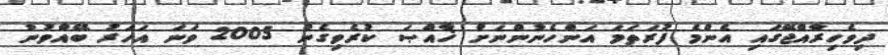
ދިވެހިރާއްޖޭގައި އެންމެ ފުރަތަމަ އަންހެނުންނަށް ޚާއްޞަ ކުރެވިގެން 2005 ވަނަ އަހަރު ބޭއްވުނު